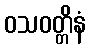
ဝသဝတ္တိနံ